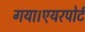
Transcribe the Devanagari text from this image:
गया।एयरपोर्ट